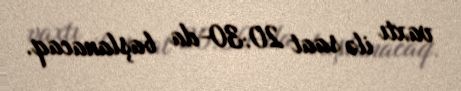
vaxtı ilə saat 20:30-da başlanacaq.